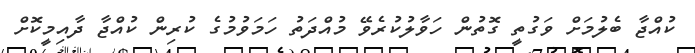
ކުއްޖާ ބެލުމަށް ވަގުތީ ގޮތުން ހަވާލުކުރެވޭ މުއްދަތު ހަމަވުމުގެ ކުރިން ކުއްޖާ ދާއިމީކޮށް